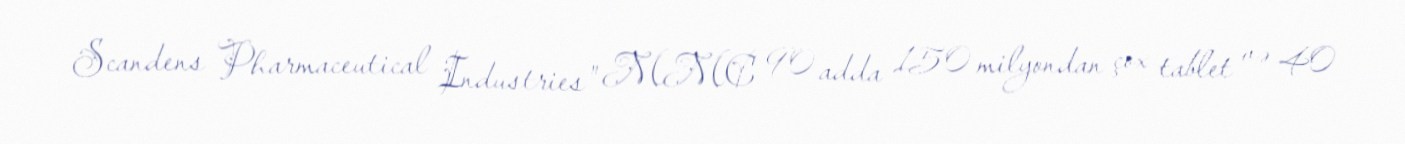
Scandens Pharmaceutical Industries" MMC 90 adda 150 milyondan çox tablet və 40